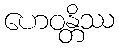
ဟေဝန္တိဿ